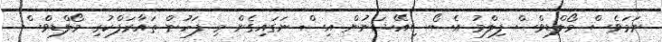
ނަމަވެސް މޯލްޑިވްސް ފިލްމު އެސޯސިއޭޝަނުން އިސް ނަގައިގެން މި ފަހުން ތައާރަފްކުރި މޯލްޑިވްސް